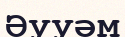
Әууәм